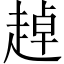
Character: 趠